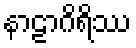
နာဠာဂိရိဿ